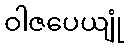
ဝါဇပေယျုံ